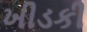
ખીડકી